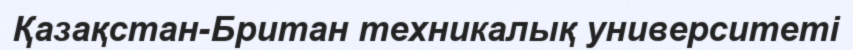
Қазақстан-Британ техникалық университеті